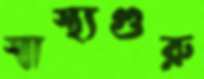
স্বাস্থ্যগুরু